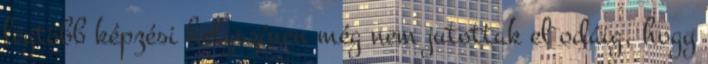
legtöbb képzési helyszínen még nem jutottak el odáig, hogy